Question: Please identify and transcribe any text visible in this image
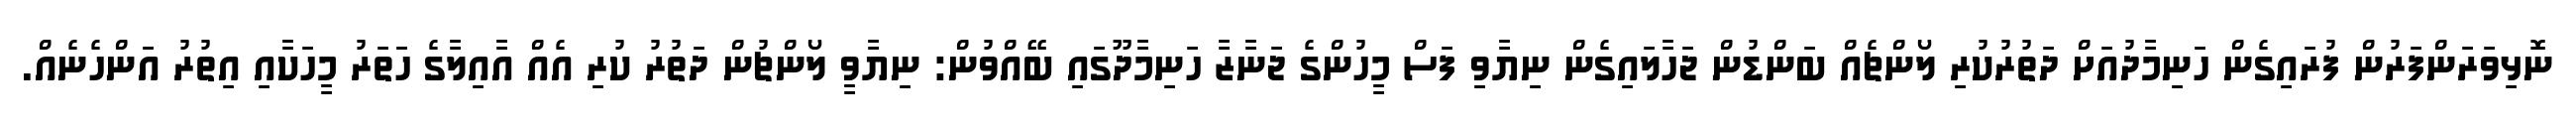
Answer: ނޮޅިވަރަންފަރުން ފުރައިގެން ހަނިމާދުއަށް ދަތުރުކުރި ލޯންޗެއް ބަންޑުން ޖަހާލައިގެން ނިޔާވި ފަސް މީހުންގެ ޖަނާޒާ ހަނިމާދޫގައި ބޭއްވުން: ނިޔާވީ ލޯންޗުން ދަތުރު ކުރި އެއް އާއިލާގެ ހަތަރު މީހަކާއި އިތުރު އަންހެނެއް.